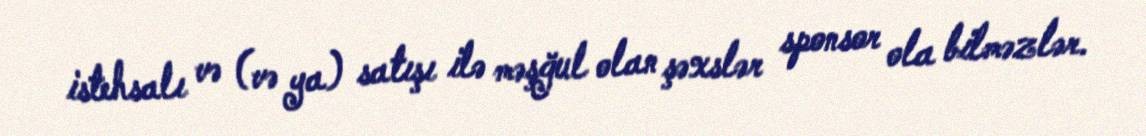
istehsalı və (və ya) satışı ilə məşğul olan şəxslər sponsor ola bilməzlər.